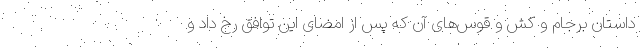
داستان برجام و کش و قوس‌های آن که پس از امضای این توافق رخ داد و